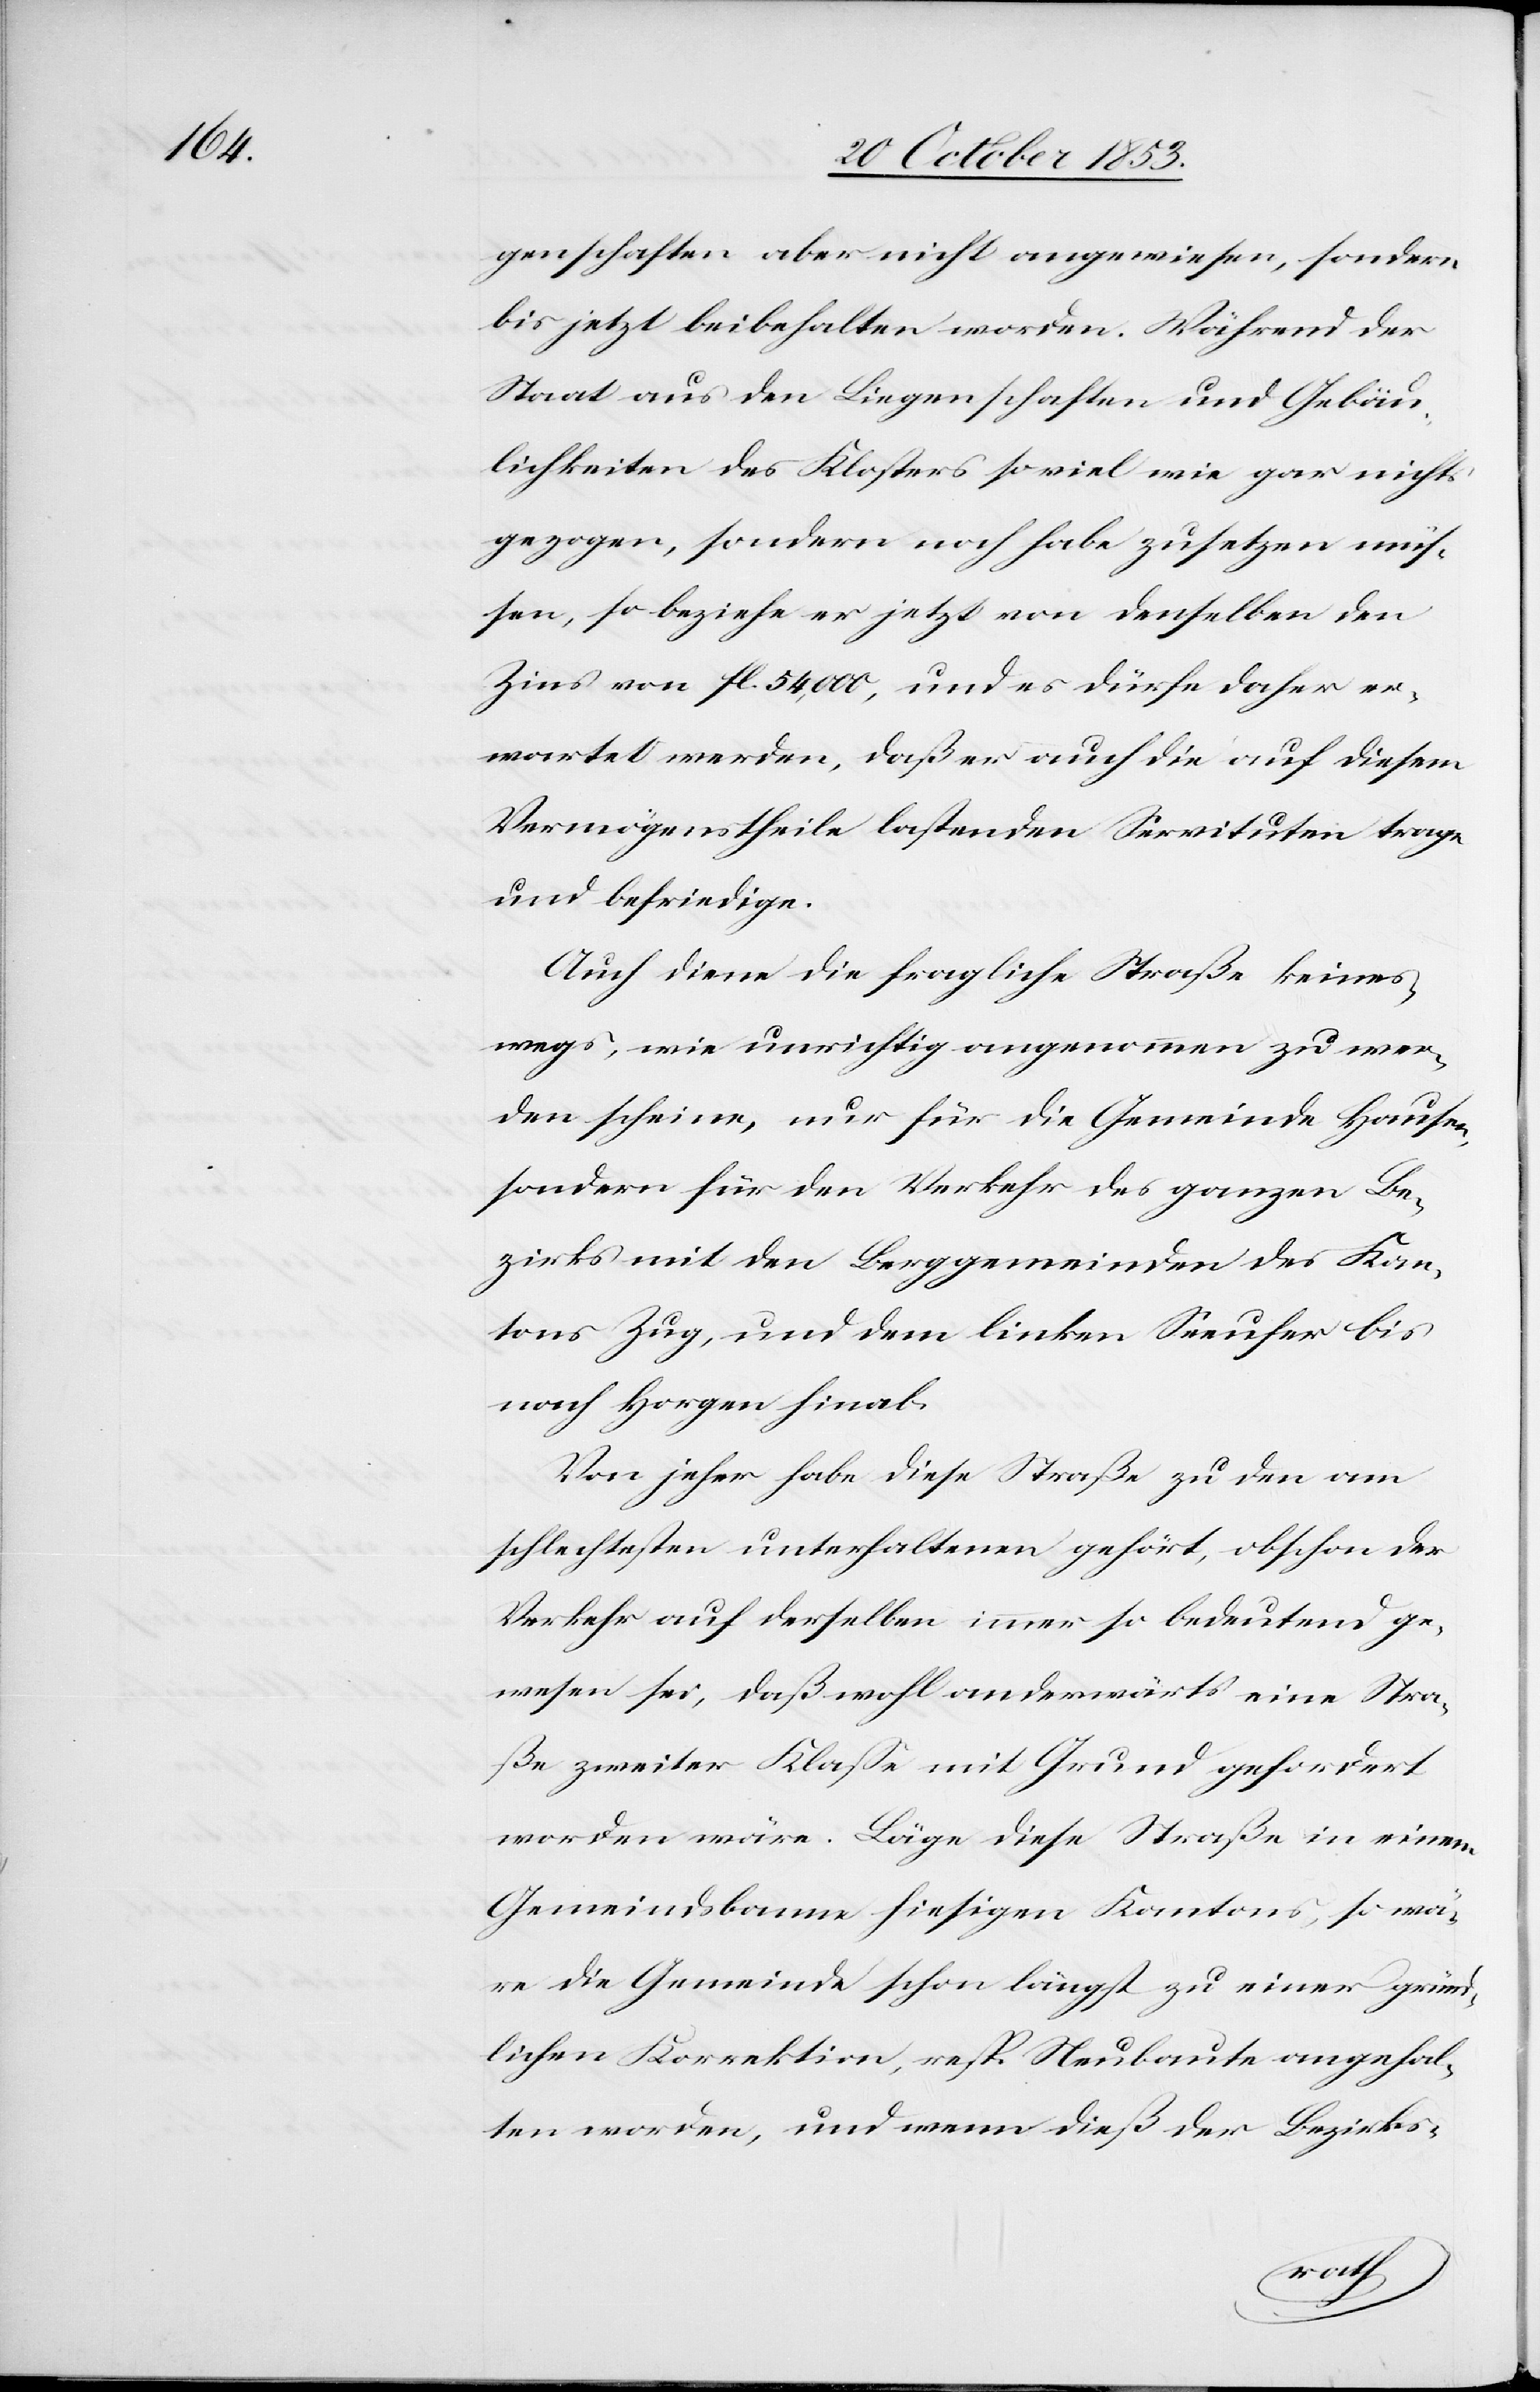
genschaften aber nicht angewiesen, sondern
bis jetzt beibehalten worden. Während der
Staat aus den Liegenschaften und Gebäu¬
lichkeiten des Klosters soviel wie gar nichts
gezogen, sondern noch habe zusetzen müs¬
sen, so beziehe er jetzt von denselben den
Zins von fl. 54 000, und es dürfe daher er¬
wartet werden, daß er auch die auf diesem
Vermögenstheile bestehenden Servituten trage
und befriedige.
Auch diene die fragliche Straße keines¬
wegs, wie unrichtig angenommen zu wer¬
den scheine, nur für die Gemeinde Hausen,
sondern für den Verkehr des ganzen Be¬
zirks mit den Berggemeinden des Kan¬
tons Zug und dem linken Seeufer bis
nach Horgen hinab.
Von jeher habe diese Straße zu den am
schlechtesten unterhaltenen gehört, obschon der
Verkehr auf derselben immer so bedeutend ge¬
wesen sei, daß wohl anderwärts eine Stra¬
ße zweiter Klaße mit Grund gefordert
worden wäre. Läge diese Straße in einem
Gemeindsbanne hiesigen Kantons, so wä¬
re die Gemeinde schon längst zu einer gründ¬
lichen Korrektion, resp. Neubaute angehal¬
ten worden, und wenn dies der Bezirks-